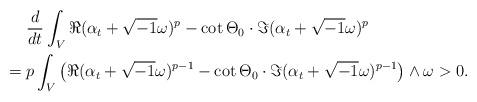
LaTeX: \begin{align*}& \frac{d}{dt}\int_{V}\Re(\alpha_{t}+\sqrt{-1}\omega)^{p}-\cot\Theta_{0}\cdot\Im(\alpha_{t}+\sqrt{-1}\omega)^{p} \\= {} & p\int_{V}\left(\Re(\alpha_{t}+\sqrt{-1}\omega)^{p-1}-\cot\Theta_{0}\cdot\Im(\alpha_{t}+\sqrt{-1}\omega)^{p-1}\right)\wedge \omega> 0.\end{align*}